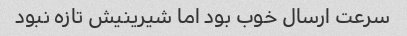
سرعت ارسال خوب بود اما شیرینیش تازه نبود